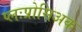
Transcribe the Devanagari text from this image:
प्लःप्रोसिअक